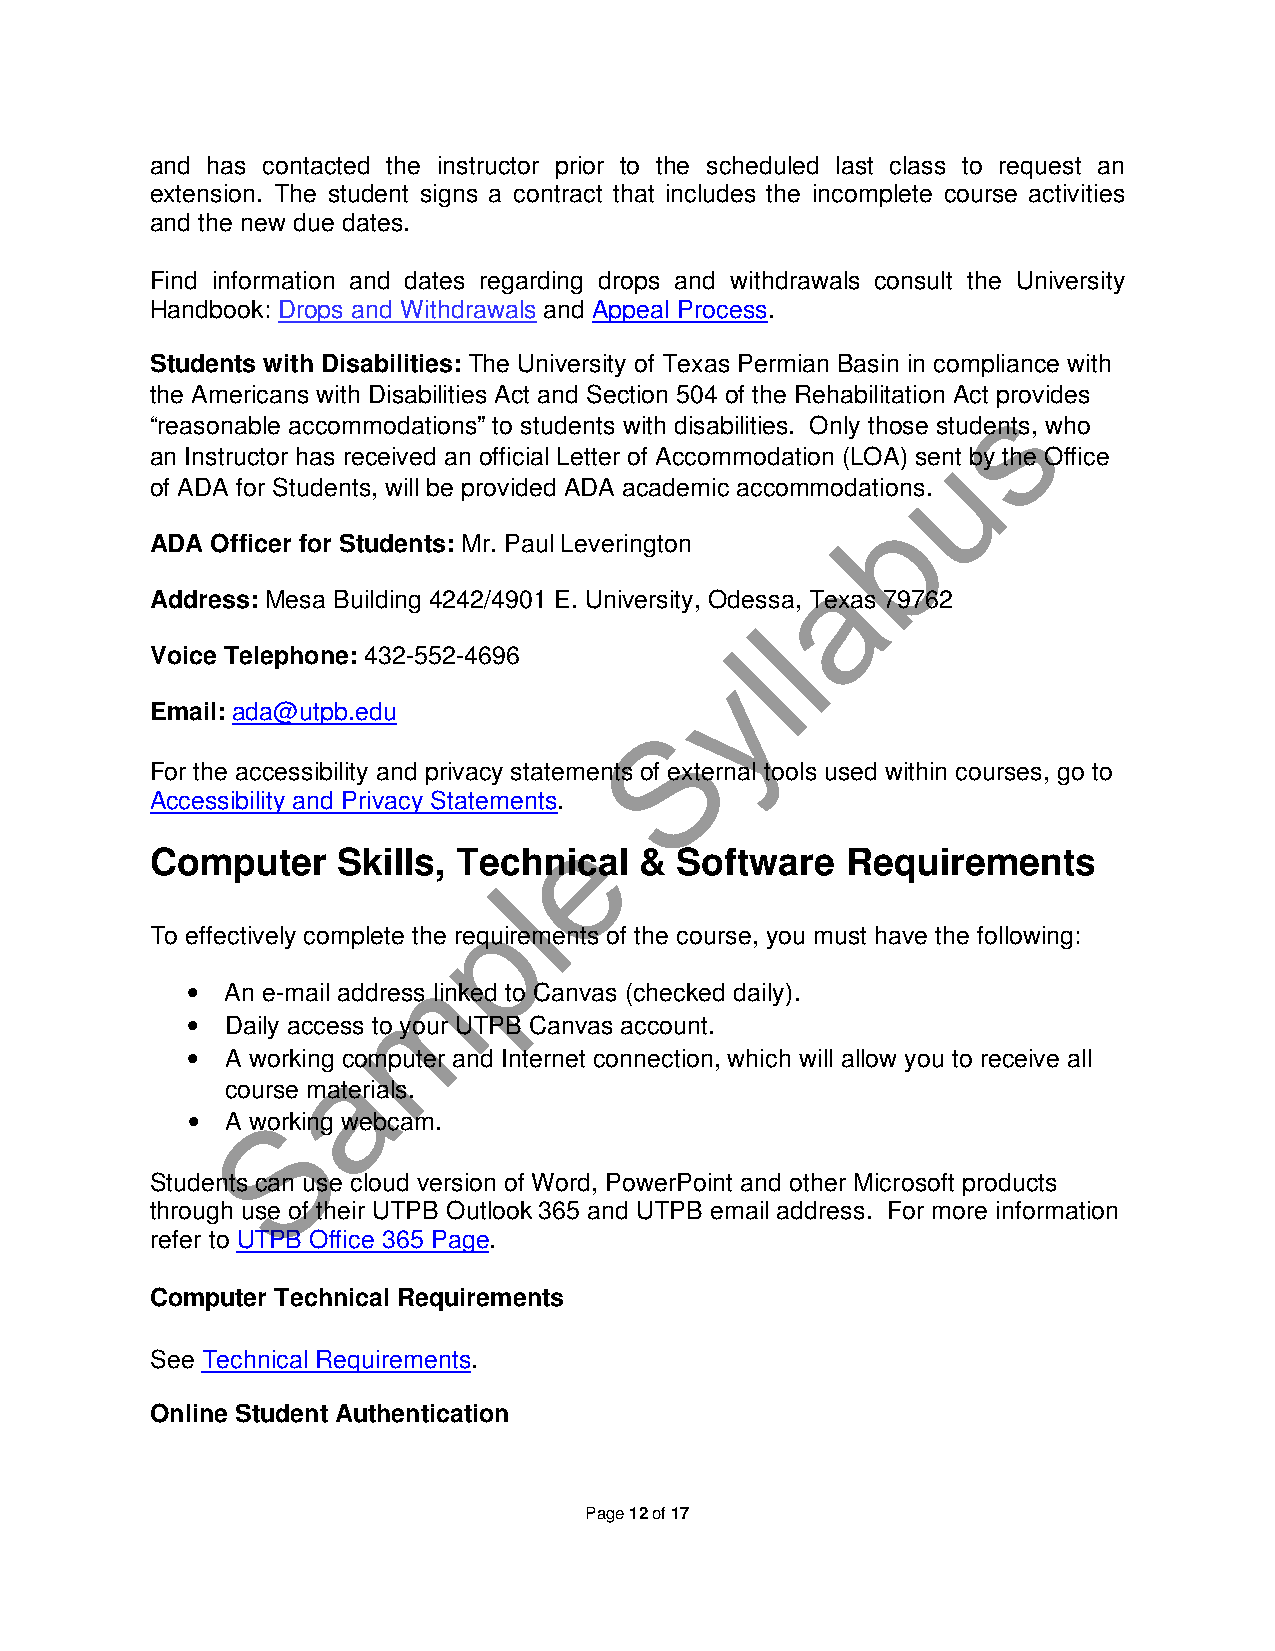
and has contacted the instructor prior to the scheduled last class to request an
 extension. The student signs a contract that includes the incomplete course activities
 and the new due dates.
 Find information and dates regarding drops and withdrawals consult the University
 Handbook: Drops and Withdrawals and Appeal Process.
 Students with Disabilities: The University of Texas Permian Basin in compliance with
 the Americans with Disabilities Act and Section 504 of the Rehabilitation Acts provides
 “reasonable accommodations” to students with disabilities. Only those students, who
 u
 an Instructor has received an official Letter of Accommodation (LOA) sent by the Office
 of ADA for Students, will be provided ADA academic accommodations.
 b
 ADA Officer for Students: Mr. Paul Leverington
 a
 Address: Mesa Building 4242/4901 E. University, Odessa, Texas 79762
 l
 l
 Voice Telephone: 432-552-4696
 y
 Email: ada@utpb.edu
 S
 For the accessibility and privacy statements of external tools used within courses, go to
 Accessibility and Privacy Statements.
 e
 Computer    Skills, Technical   &  Software   Requirements
 l
 p
 To effectively complete the requirements of the course, you must have the following:
 m
 •  An e-mail address linked to Canvas (checked daily).
 •  Daily access to your UTPB Canvas account.
 •  A workinga computer and Internet connection, which will allow you to receive all
 course materials.
 •  A wS orking webcam.
 Students can use cloud version of Word, PowerPoint and other Microsoft products
 through use of their UTPB Outlook 365 and UTPB email address. For more information
 refer to UTPB Office 365 Page.
 Computer Technical Requirements
 See Technical Requirements.
 Online Student Authentication
 Page 12 of 17